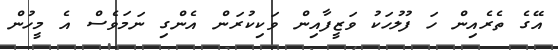
އޭގެ ތެރެއިން ހަ ފުލުހަކު ވަޒީފާއިން ވަކިކުރަން އެންގި ނަމަވެސް އެ މީހުން